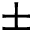
\pm